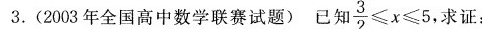
3.(2003年全国高中数学联赛试题)已知 $$\frac{3}{2} \leqslant x \leqslant 5$$ 求证：